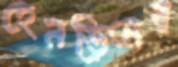
হেনড্রিনের